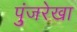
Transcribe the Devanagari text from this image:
पुंजरेखा